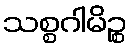
သစ္စဂါမိဉ္စ